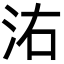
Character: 㳓